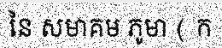
នៃ សមាគម ភូមា ( ក